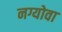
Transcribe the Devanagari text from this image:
नग्योवा